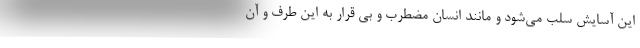
این آسایش سلب می‌شود و مانند انسان مضطرب و بی قرار به این طرف و آن